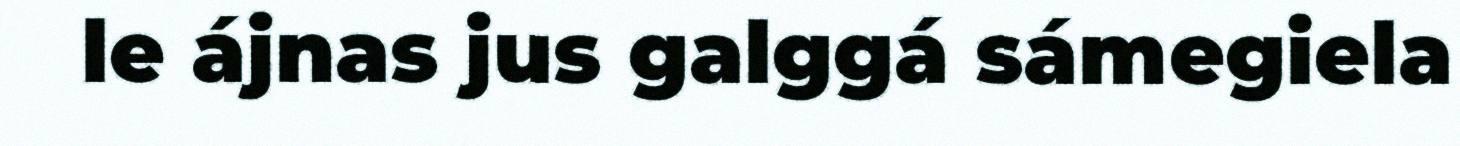
le ájnas jus galggá sámegiela